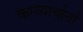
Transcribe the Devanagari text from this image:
काव्यार्थानां